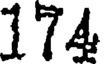
174